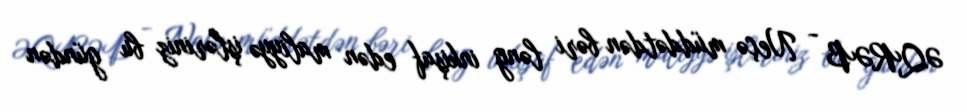
ƏQRƏB - Neçə müddətdən bəri ləng inkişaf edən maliyyə işləriniz bu gündən